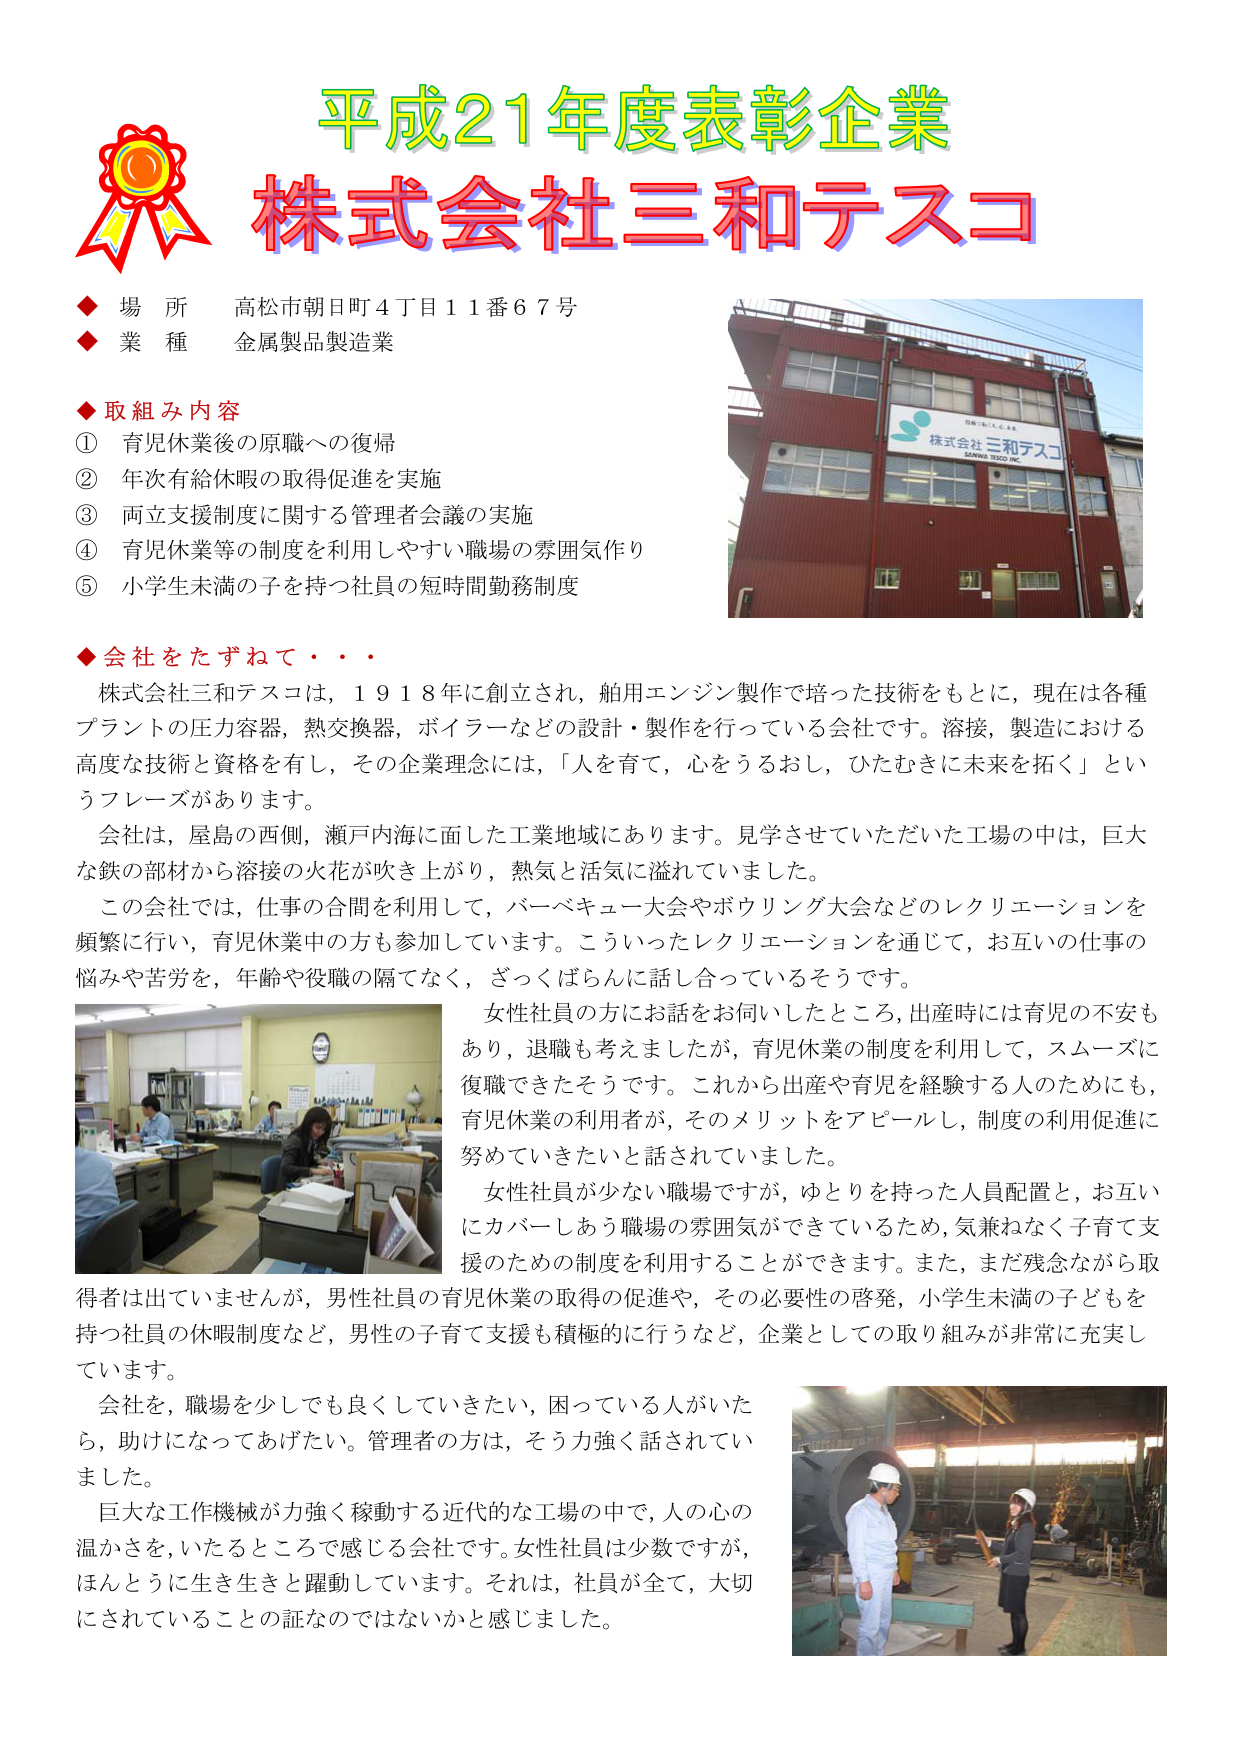
平成21年度表彰企業
株式会社三和テスコ

◆ 場 所 高松市朝日町4丁目11番67号
◆ 業 種 金属製品製造業

◆ 取組み内容
① 育児休業後の原職への復帰
② 年次有給休暇の取得促進を実施
③ 両立支援制度に関する管理者会議の実施
④ 育児休業等の制度を利用しやすい職場の雰囲気作り
⑤ 小学生未満の子を持つ社員の短時間勤務制度

◆ 会社をたずねて・・・
株式会社三和テスコは，1918年に創立され，舶用エンジン製作で培った技術をもとに，現在は各種プラントの圧力容器，熱交換器，ボイラーなどの設計・製作を行っている会社です。溶接，製造における高度な技術と資格を有し，その企業理念には，「人を育て，心をうろおし，ひたむきに未来を拓く」というフレーズがあります。

会社は，屋島の西側，瀬戸内海に面した工業地域にあります。見学させていただいた工場の中は，巨大な鉄の部材から溶接の火花が吹き上がり，熱気と活気に溢れていました。

この会社では，仕事の合間を利用して，バーベキュー大会やボウリング大会などのレクリエーションを頻繁に行い，育児休業中の方も参加しています。こういったレクリエーションを通じて，お互いの仕事の悩みや苦労を，年齢や役職の隔てなく，ざっくばらんに話し合っているそうです。

女性社員の方にお話を伺いましたところ，出産時には育児の不安もあり，退職も考えましたが，育児休業の制度を利用して，スムーズに復職できたそうです。これから出産や育児を経験する人のためにも，育児休業の利用者が，そのメリットをアピールし，制度の利用促進に努めていきたいと話されていました。

女性社員が少ない職場ですが，ゆとりを持った人員配置と，お互いにカバーしあう職場の雰囲気ができているため，気兼ねなく子育て支援のための制度を利用することができます。また，まだ残念ながら取得者は出ていませんが，男性社員の育児休業の取得の促進や，その必要性の啓発，小学生未満の子どもを持つ社員の休暇制度など，男性の子育て支援も積極的に行うなど，企業としての取り組みが非常に充実しています。

会社を，職場を少しでも良くしていきたい，困っている人がいたら，助けになってあげたい。管理者の方は，そう力強く話されていました。

巨大な工作機械が力強く稼動する近代的な工場の中で，人の心の温かさを，いたるところで感じる会社です。女性社員は少数ですが，ほんとうに生き生きと躍動しています。それは，社員が全て，大切にされていることの証なのではないかと感じました。

株式会社 三和テスコ
SANWA TESCO INC.